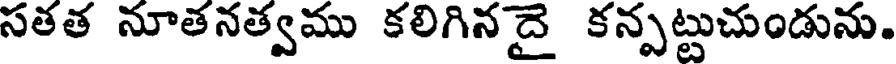
సతత నూతనత్వము కలిగిన దై కన్పట్టుచుండును.